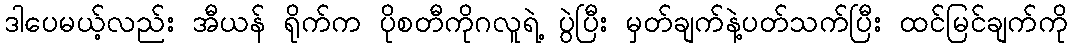
ဒါပေမယ့်လည်း အီယန် ရိုက်က ပိုစတီကိုဂလူရဲ့ ပွဲပြီး မှတ်ချက်နဲ့ပတ်သက်ပြီး ထင်မြင်ချက်ကို